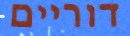
דוריים